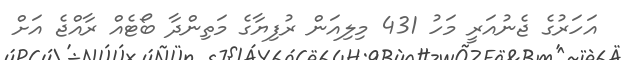
އަހަރުގެ ޖެނުއަރީ މަހު 431 މިލިއަން ރުފިޔާގެ މަތިންދާ ބޯޓެއް ރާއްޖެ އަށް